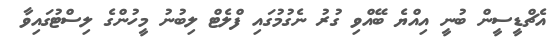
އެޗްޑީސީން ބުނީ އިއްޔެ ބޭއްވި ގުރު ނެގުމުގައި ފްލެޓް ލިބުނު މީހުންގެ ލިސްޓުގައިވާ